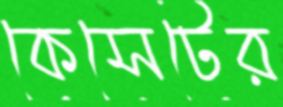
কেসেটের